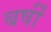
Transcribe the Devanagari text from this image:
बर्षोंं